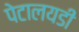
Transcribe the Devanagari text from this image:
पेटालयडी